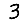
Digit: 3